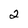
Character: 2